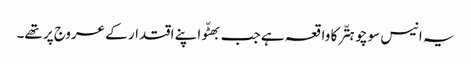
یہ انیس سو چوہتّر کا واقعہ ہے جب بھٹّو اپنے اقتدار کے عروج پر تھے۔